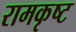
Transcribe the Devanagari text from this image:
रामकृष्ट